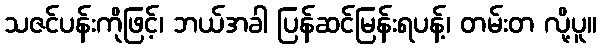
သဇင်ပန်းကိုဖြင့်၊ ဘယ်အခါ ပြန်ဆင်မြန်းရပန့်၊ တမ်းတ လို့ပူ။